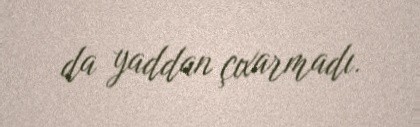
da yaddan çıxarmadı.